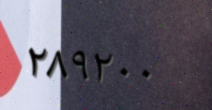
٢٨٩٢٠٠